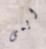
ايمى